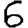
Digit: 6